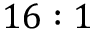
1 6 : 1